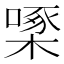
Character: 𪳓